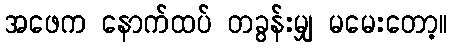
အဖေက နောက်ထပ် တခွန်းမျှ မမေးတော့။